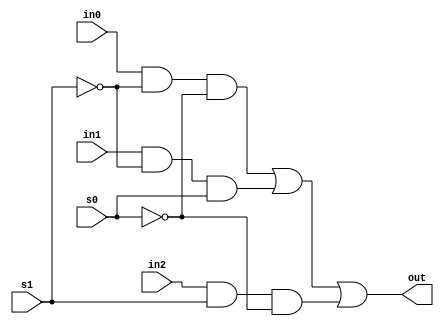
module mux3_to_1(out, in0, in1, in2, s1, s0);
    output out;
    input in0, in1, in2;
    input s1, s0;
    
    // Internal wire declarations
    wire s1n, s0n;
    wire y0, y1, y2;

    // Gate instantiations
    // Create s1n and s0n signals.
    not (s1n, s1);
    not (s0n, s0);
    // 3-input and gates instantiated
    and (y0, in0, s1n, s0n);
    and (y1, in1, s1n, s0);
    and (y2, in2, s1, s0n);
    // 3-input or gate instantiated
    or (out, y0, y1, y2);
endmodule